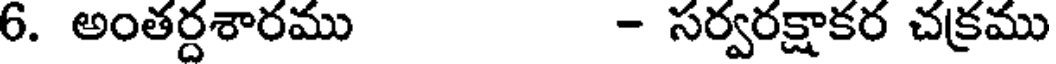
6. అంతర్దశారము - సర్వరక్షాకర చక్రము